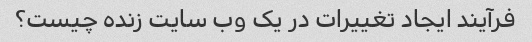
فرآیند ایجاد تغییرات در یک وب سایت زنده چیست؟